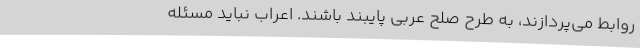
روابط می‌پردازند، به طرح صلح عربی پایبند باشند. اعراب نباید مسئله